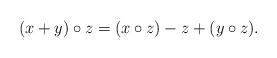
LaTeX: \begin{align*} (x+y)\circ z = (x \circ z) -z +(y \circ z).\end{align*}